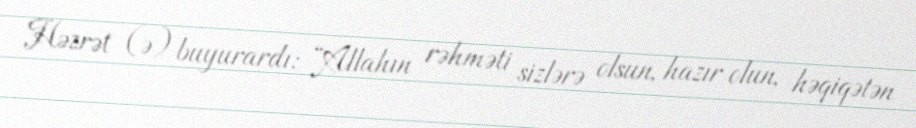
Həzrət (ə) buyurardı: “Allahın rəhməti sizlərə olsun, hazır olun, həqiqətən